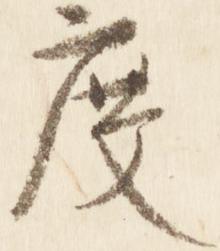
度